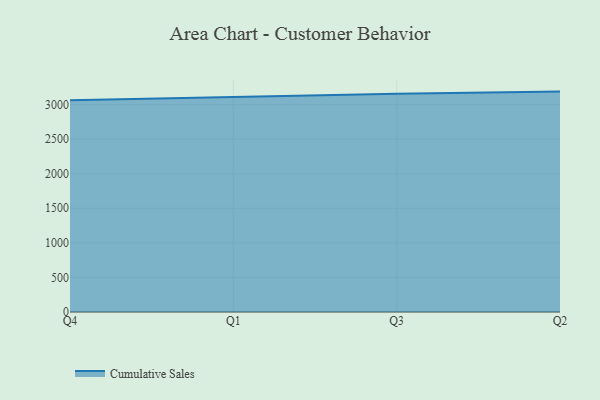
{"axis": {"x": "Quarter", "y": "Gross Profit (USD K)"}, "legend": ["Cumulative Sales"], "data": [{"x": "Q4", "y": 3061.7, "type": "Cumulative Sales"}, {"x": "Q1", "y": 3112.1, "type": "Cumulative Sales"}, {"x": "Q3", "y": 3156.1, "type": "Cumulative Sales"}, {"x": "Q2", "y": 3187.3, "type": "Cumulative Sales"}]}